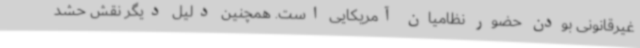
غیرقانونی بودن حضور نظامیان آمریکایی است. همچنین دلیل دیگر نقش حشد